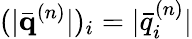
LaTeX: (|\bar{\mathbf{q}}^{(n)}|)_{i}=|\bar{q}_{i}^{(n)}|